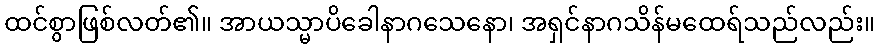
ထင်စွာဖြစ်လတ်၏။ အာယသ္မာပိခေါနာဂသေနော၊ အရှင်နာဂသိန်မထေရ်သည်လည်း။